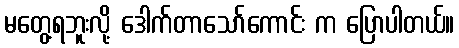
မတွေ့ရဘူးလို့ ဒေါက်တာသော်ကောင်း က ပြောပါတယ်။